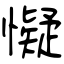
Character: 懝